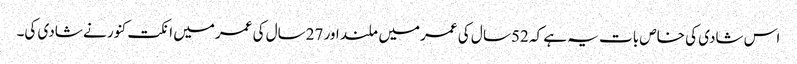
اس شادی کی خاص بات یہ ہے کہ 52سا ل کی عمرمیں ملند اور 27سال کی عمرمیں انکت کنور نے شادی کی۔